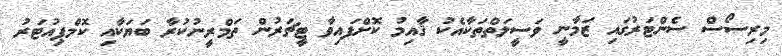
މިރިސޯސް ސެންޓަރުގައި ޒަމާނީ ވަސީލަތްތަކާއެކު ޤާއިމު ކޮށްފައިވާ ޓީޗަރުން ތަމްރީނުކުރާ ބަޔަކާއި ކޮމްޕިއުޓަރު